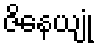
ဇိနေယျုံ